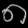
Digit: ၈